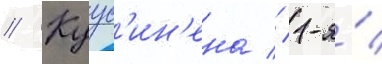
// Куус'ин'ена // 1-я́/